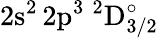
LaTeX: \mathrm{2s^{2}\, 2p^{3}~^{2}D_{3/2}^{\circ}}